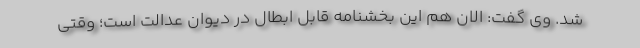
شد. وی گفت: الان هم این بخشنامه قابل ابطال در دیوان عدالت است؛ وقتی